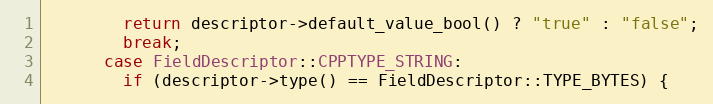
Language: C++
        return descriptor->default_value_bool() ? "true" : "false";
        break;
      case FieldDescriptor::CPPTYPE_STRING:
        if (descriptor->type() == FieldDescriptor::TYPE_BYTES) {